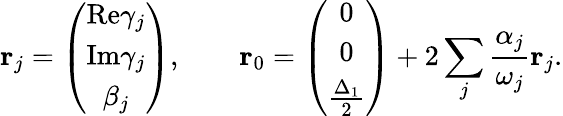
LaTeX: \mathbf{r}_{j}=\left(\begin{array}{c}{\textrm{Re}\gamma_{j}}\\ {\textrm{Im}\gamma_{j}}\\ {\beta_{j}}\end{array}\right),\qquad\mathbf{r}_{0}=\left(\begin{array}{c}{0}\\ {0}\\ {\frac{\Delta_{1}}{2}}\end{array}\right)+2\sum_{j}\frac{\alpha_{j}}{\omega_{j}}\mathbf{r}_{j}.